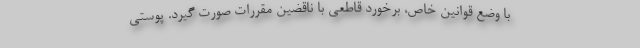
با وضع قوانین خاص، برخورد قاطعی با ناقضین مقررات صورت گیرد. پوستی